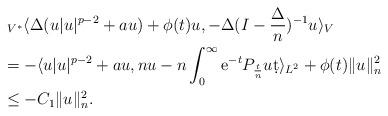
LaTeX: \begin{align*}&~_{V^{*}}\langle\Delta(u|u|^{p-2}+au)+\phi(t)u,-\Delta(I-\frac{\Delta}{n})^{-1}u\rangle_{V} \\&=-\langle u|u|^{p-2}+au,nu-n\int_{0}^{\infty}{\rm{e}}^{-t}P_{\frac{t}{n}}u\d t\rangle_{L^{2}}+\phi(t)\|u\|_{n}^{2}\\&\leq -C_{1}\|u\|_{n}^{2}.\end{align*}